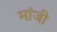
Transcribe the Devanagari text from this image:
मांजी